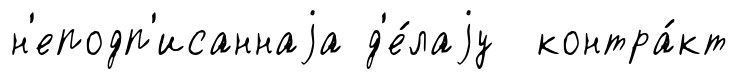
н'еподп'исаннаjа д'е́лаjу контра́кт